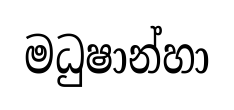
මධුෂාන්හා